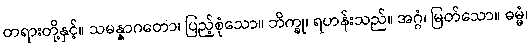
တရားတို့နှင့်။ သမန္နာဂတော၊ ပြည့်စုံသော။ ဘိက္ခု၊ ရဟန်းသည်။ အဂ္ဂံ၊ မြတ်သော။ ဓမ္မံ၊